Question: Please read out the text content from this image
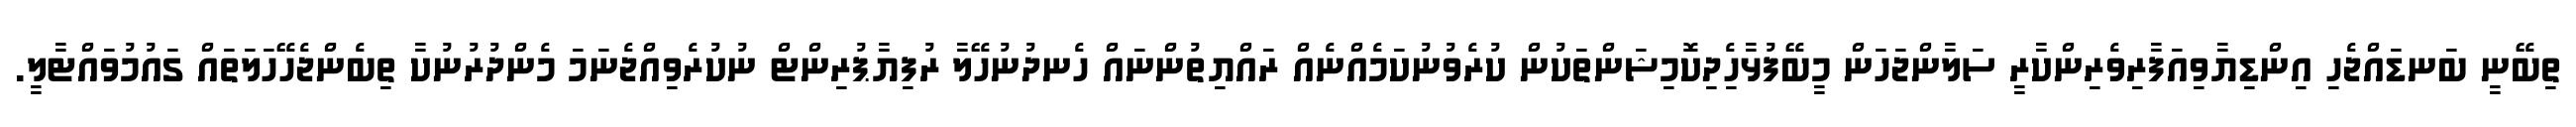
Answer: ތިބޭނީ ބަނޑައްޖެހި އިންޑިޔާވިއަފާރިވެރިންކާރީ ސަލާންޖަހަން މީބޭފުޅާހިެދިކޮމިޝަންތަކުން ކުރެވުނުކަމެއްނެއް ރައްޔިތުންނައް ހެނދުނުހޭލާ ރުފިޔާޕުރިންޓް ނުކުރެވިއްޖެނަމަ މެންދުރުނުކާ ތިބެންޖެހޭހަލަތައް ގައުމުވައްޓާލީ.